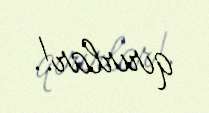
qırırlar!.